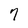
Character: 7